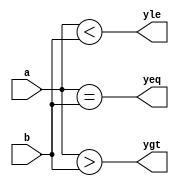
`timescale 1ns / 1ps
//////////////////////////////////////////////////////////////////////////////////
// Company: 
// Engineer: 
// 
// Design Name: 
// Module Name: copm_1
// Project Name: 
// Target Devices: 
// Tool Versions: 
// Description: 
// 
// Dependencies: 
// 
// Revision:
// Revision 0.01 - File Created
// Additional Comments:
// 
//////////////////////////////////////////////////////////////////////////////////


module copm_1(
    input a,
    input b,
    output yeq,yle,ygt
    );
    assign yeq=a==b;
    assign yle=a<b;
    assign ygt=a>b;
endmodule